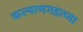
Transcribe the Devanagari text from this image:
कल्याणगडाच्या